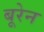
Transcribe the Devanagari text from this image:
बूरेन